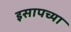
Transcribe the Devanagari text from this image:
इसापच्या